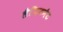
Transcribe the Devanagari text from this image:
लैफिटनेंट